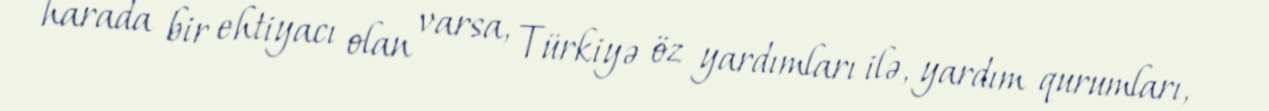
harada bir ehtiyacı olan varsa, Türkiyə öz yardımları ilə, yardım qurumları,